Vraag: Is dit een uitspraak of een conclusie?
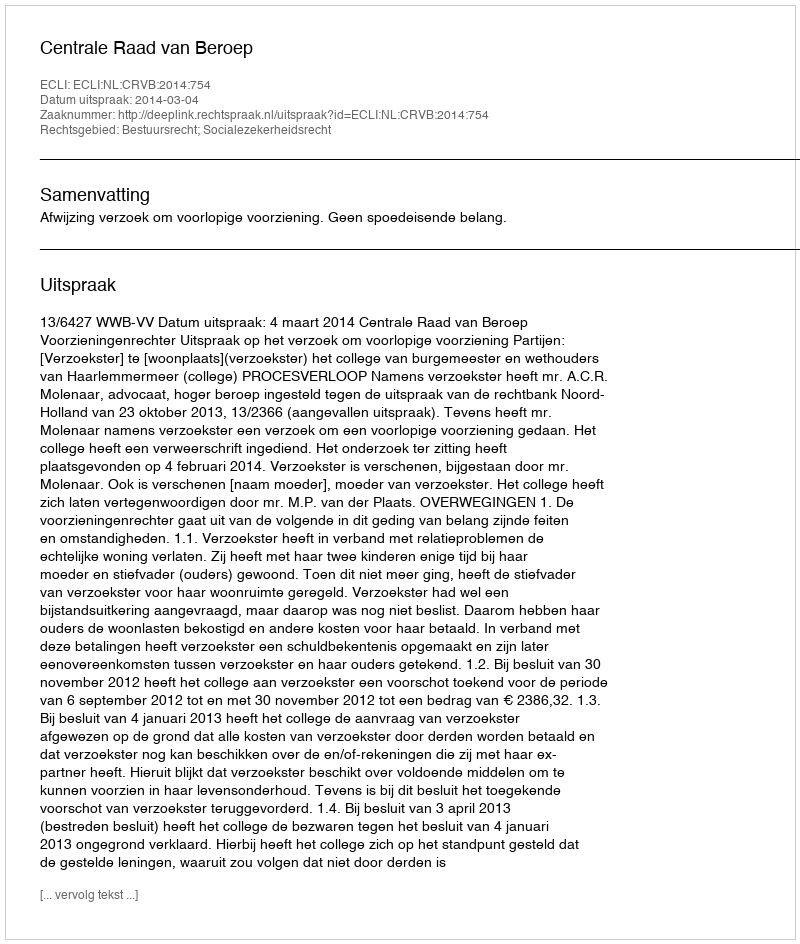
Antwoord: Uitspraak